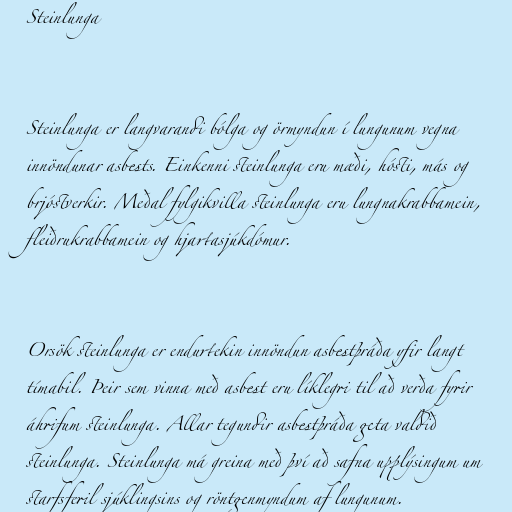
Steinlunga

Steinlunga er langvarandi bólga og örmyndun í lungunum vegna
innöndunar asbests. Einkenni steinlunga eru mæði, hósti, más og
brjóstverkir. Meðal fylgikvilla steinlunga eru lungnakrabbamein,
fleiðrukrabbamein og hjartasjúkdómur.

Orsök steinlunga er endurtekin innöndun asbestþráða yfir langt
tímabil. Þeir sem vinna með asbest eru líklegri til að verða fyrir
áhrifum steinlunga. Allar tegundir asbestþráða geta valdið
steinlunga. Steinlunga má greina með því að safna upplýsingum um
starfsferil sjúklingsins og röntgenmyndum af lungunum.